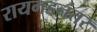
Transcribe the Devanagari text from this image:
रायगडनंतर